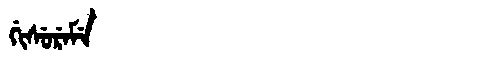
Manchu: ᡤᡳᠰᡠᡵᡝᠮᡝ
Romanization: GISUREME